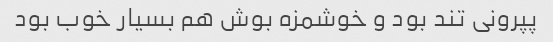
پپرونی تند بود و خوشمزه بوش هم بسیار خوب بود